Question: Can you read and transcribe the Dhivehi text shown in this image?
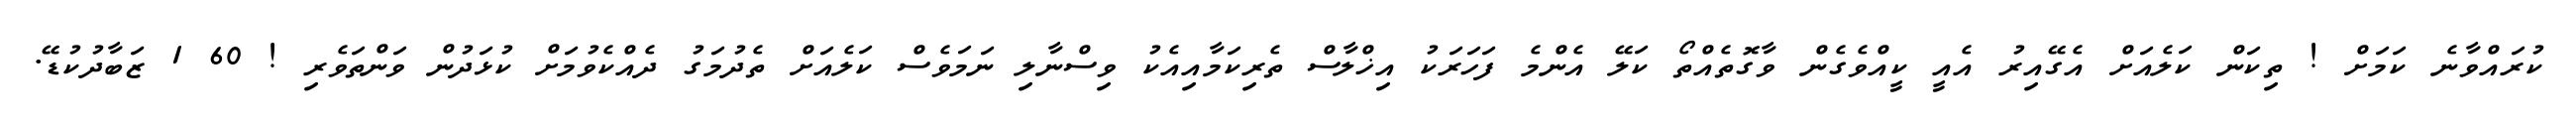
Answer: ކުރައްވާނެ ކަމަށް ! ތިކަން ކަލެއަށް އެގޭއިރު އެއީ ކީއްވެގެން ވާގޮތެއްތޯ ކަލޭ އެންމެ ފަހަރަކު އިޚްލާސް ތެރިކަމާއިއެކު ވިސްނާލި ނަމަވެސް ކަލެއަށް ތެދުމަގު ދެއްކެވުމަށް ކުޅަދުން ވަންތަވެރި ! 60 1 ޒަބާދުކުޑޭ.